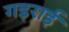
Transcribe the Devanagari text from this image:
गइराई